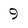
Character: 9